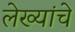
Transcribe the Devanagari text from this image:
लेख्यांचे